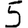
Digit: 5